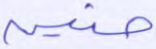
حنين